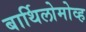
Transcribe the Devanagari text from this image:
बार्थिलोमोव्ह